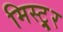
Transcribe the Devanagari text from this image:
मिस्ट्र्र्र्र